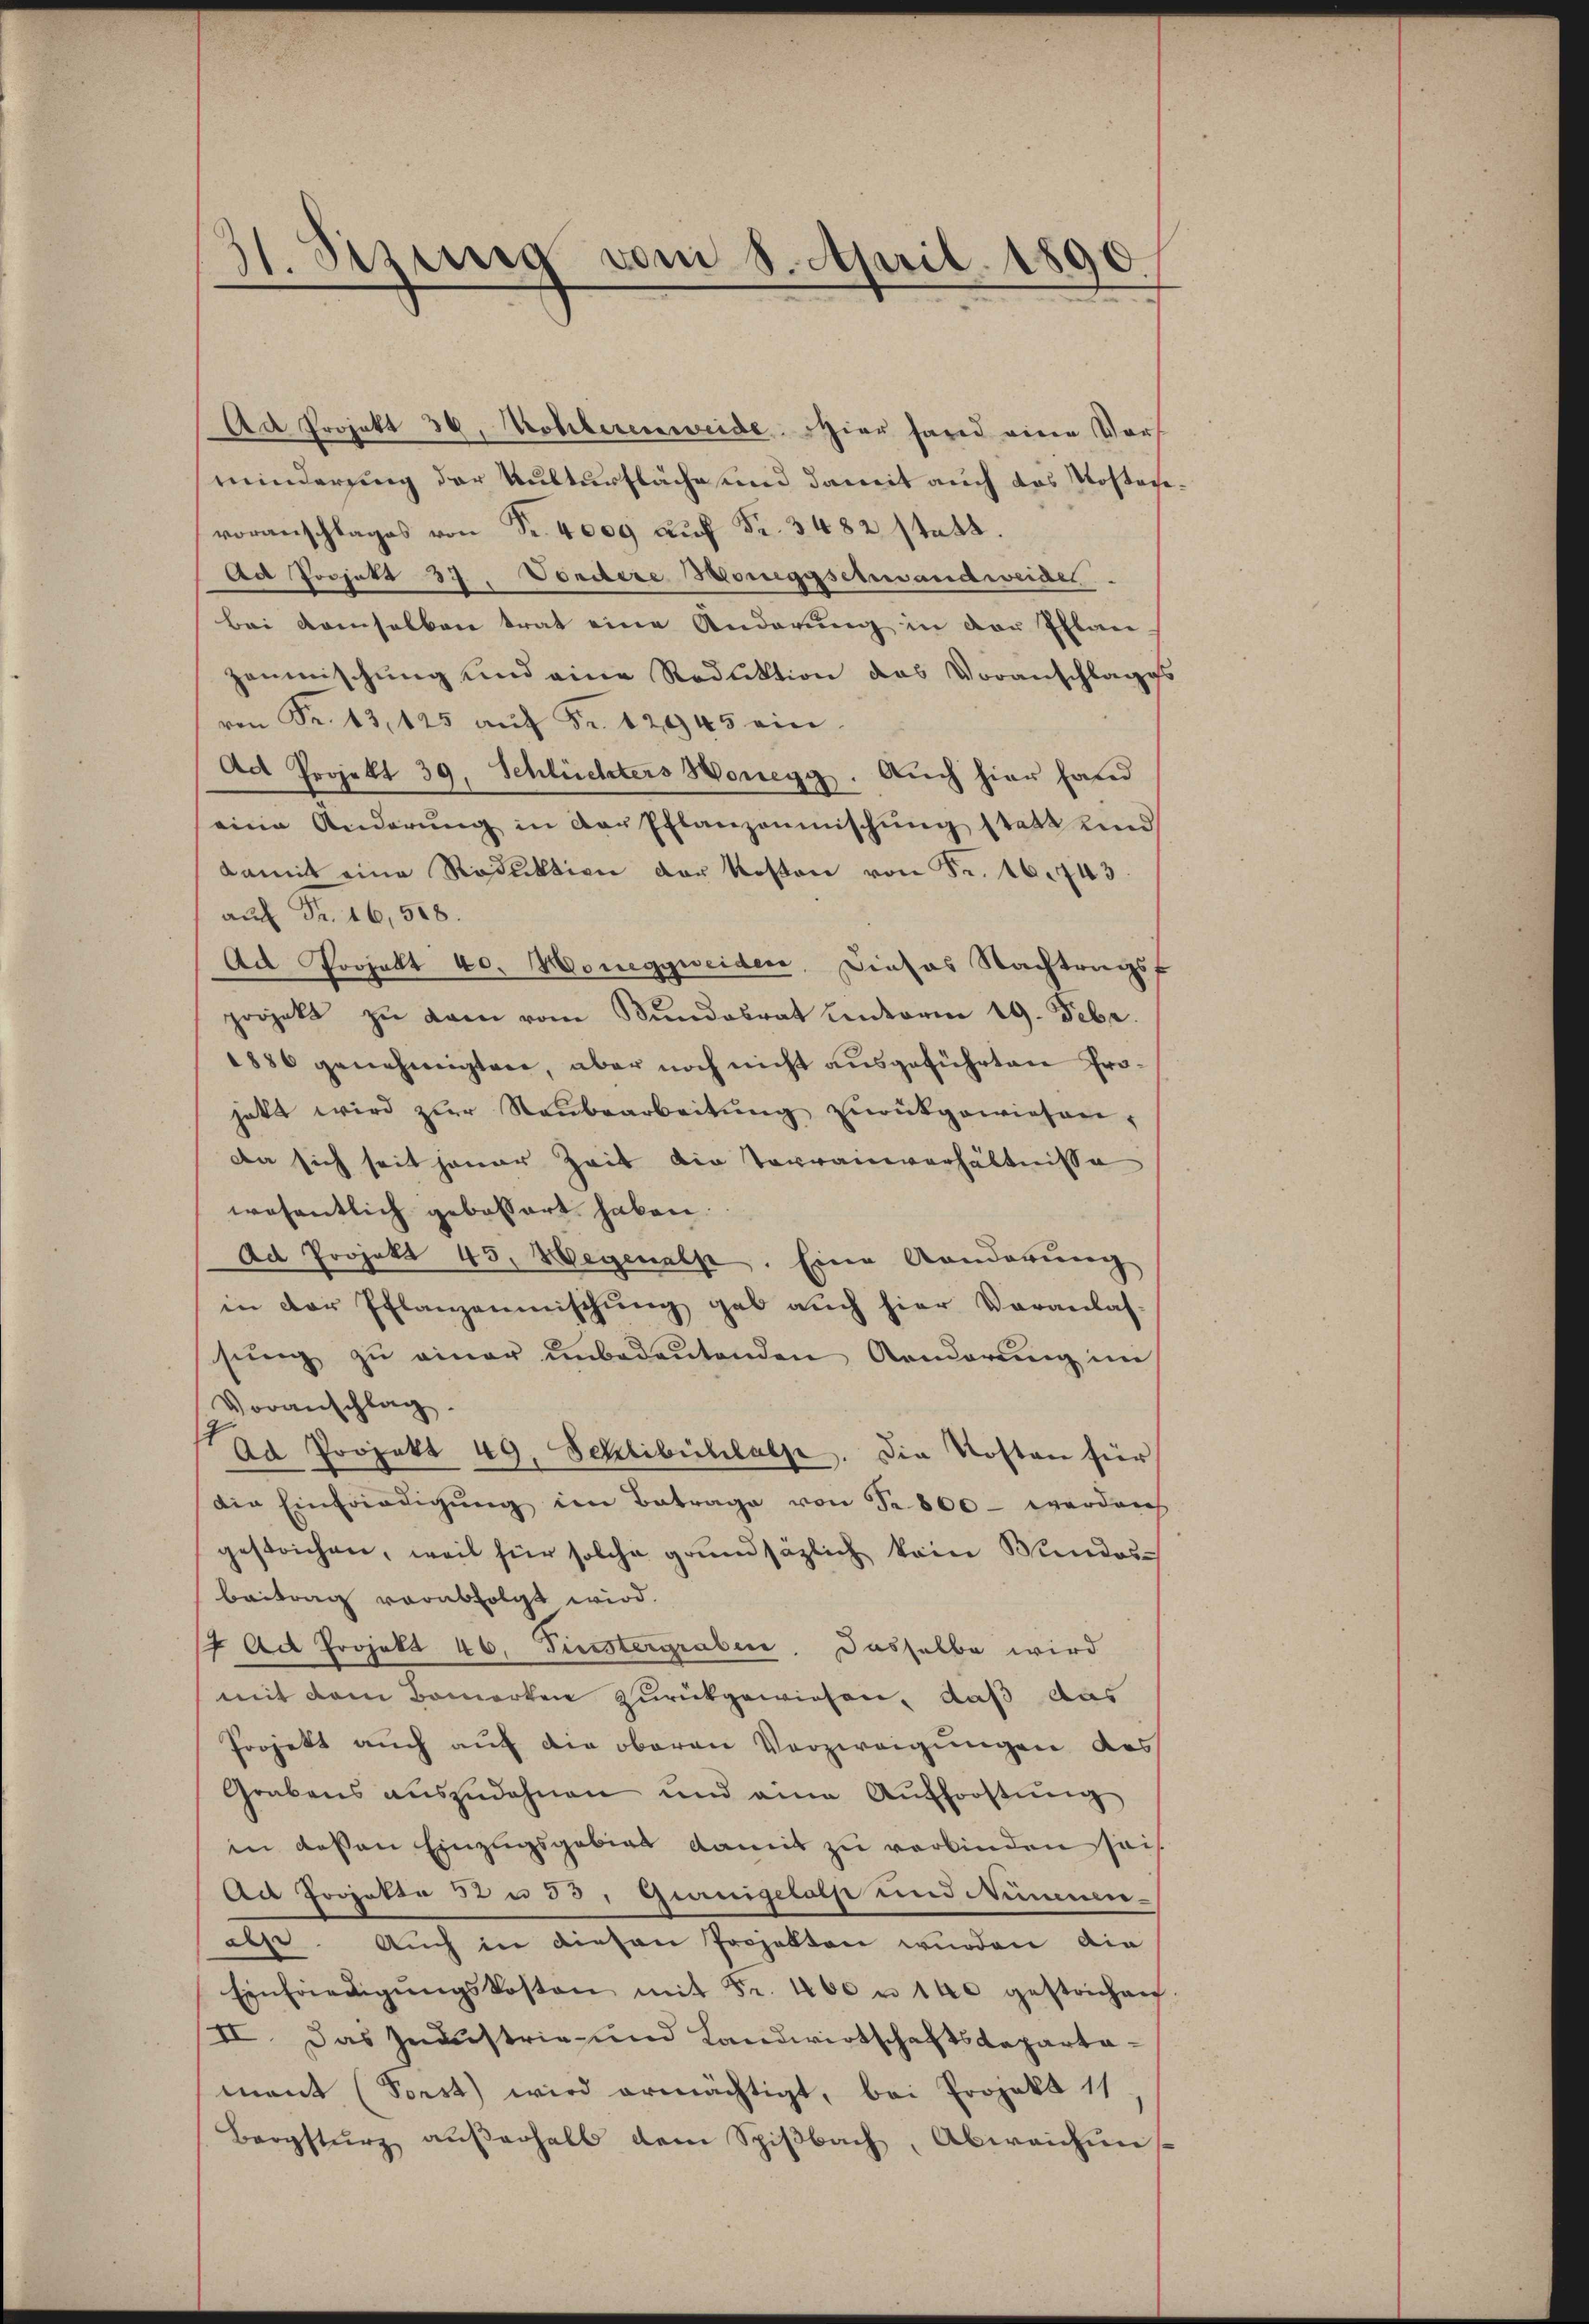
31. Sezung vom 8. April 1890.

Ad Projekt 30. Mohlerenweide. Hier fand eine Vors
minderung der Kulturfläche und damit auch das Kosten
voranschlages von Fr. 4000 auf Fr. 3482 statt.
Ad Projekt 37. Vondere Honeggschandweidel
bei demselben trat eine Anderŭng in der Ellace-
zenmischung und eine Reduktion das Voranschlaggs
von Fr. 13, 125 aŭf Fr. 12945 ein
Ad Projekt 39, Schlüchters Honegg. Auch hier fand
eine Änderŭng in der Pflanzonmischung statt sind
damit eine Roduktion der Kosten von Fr. 16743.
auf Fr. 16,518.
Ad Projekt 40. Moneggweiden, Dieses Nachtragsf
projekt zu kam vom Bundesrat unterm 19. Febr.
1886 genehmigten, aber noch nicht aŭsgeführten Projetzt wird zŭr Neŭbearbeitŭng zŭrückgewiesen.
da sich seit jener Zeit die Terrainverhältnisse
wesentlich gebossart haben.
Ad Projekt 45. Wegenalp. Eine Aenderung
in der Pflanzenmischŭng gab aŭch hier Veranlas-
sŭng zŭ einer ŭnbedeŭtenden Aenderung im
Voranschlag.
ad Projekt 49, Schlibühlalp. Die Kosten für
die Einfriedigŭng im Betrage von Fr. 800 - werden
gestrichen, weil für solche grundsäzlich kein Bundes
beitrag verabfolgt wird.
4 Art Projekt 46. Fürstergraben. Dasselbe wird
mit dem Bemerken zurückgewiesen, daß das
Projekt auch auf die oberen Verzweigungen des
Grabens auszudehnen und eine Aufforstung
in dessen Einzugsgebiet damit zu verbinden sei
Ad Porpater 32 u 33, Gurnigelolp und Neimmenele. Auch in diesen Projekten wurden die
Einfriedigŭngskosten mit Fr. 400 n 140 gestrichen
II. Das Industrie- und Landwirtschaftsdepartamant (Forst wird ermächtigt, bei Projekt 11
Bergsturz aŭβerhalb dem Spiβbach, Abweichung

e